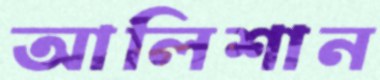
আলিশান